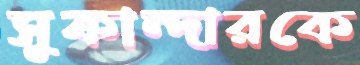
সুকান্দারকে